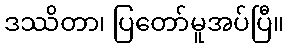
ဒဿိတာ၊ ပြတော်မူအပ်ပြီ။